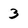
Character: 3